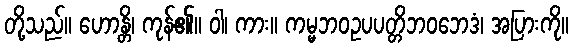
တို့သည်။ ဟောန္တိ၊ ကုန်၏။ ဝါ၊ ကား။ ကမ္မဘဝဥပပတ္တိဘဝဘေဒံ၊ အပြားကို။